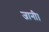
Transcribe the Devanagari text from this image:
जानी।